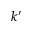
k ^ { \prime }